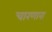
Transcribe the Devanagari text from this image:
चारणारा